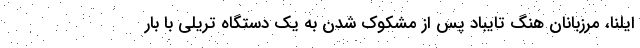
ایلنا، مرزبانان هنگ تایباد پس از مشکوک شدن به یک دستگاه تریلی با بار